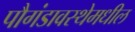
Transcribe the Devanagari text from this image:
पौगंडावस्थेमधील